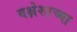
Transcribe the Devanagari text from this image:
यक्षेशाच्या